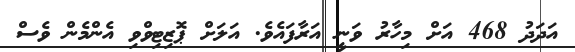
އަދަދު 468 އަށް މިހާރު ވަނީ އަރާފައެވެ. އަލަށް ޕޮޒިޓިވްވި އެންމެން ވެސް